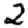
Digit: 2